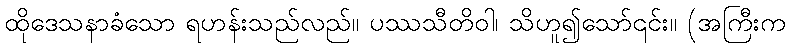
ထိုဒေသနာခံသော ရဟန်းသည်လည်။ ပဿသီတိဝါ၊ သိဟူ၍သော်၎င်း။ (အကြီးက